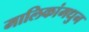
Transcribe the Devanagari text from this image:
मालिकांमधुन